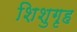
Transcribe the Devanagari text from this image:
शिशुगृह